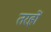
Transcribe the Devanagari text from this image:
तरहों